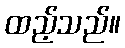
ထည့်သည်။